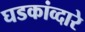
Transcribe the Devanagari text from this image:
घडकांव्दारे